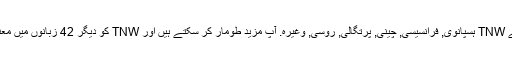
واپسی کے طور پر ، ہم کی مخفف کا ترجمہ کیا ہے TNW ہسپانوی, فرانسیسی, چینی, پرتگالی, روسی, وغیرہ. آپ مزید طومار کر سکتے ہیں اور TNW کو دیگر 42 زبانوں میں معنی تلاش کرنے کے لیے زبان مینیو پر کلک کریں ۔